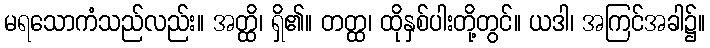
မရသောကံသည်လည်း။ အတ္ထိ၊ ရှိ၏။ တတ္ထ၊ ထိုနှစ်ပါးတို့တွင်။ ယဒါ၊ အကြင်အခါ၌။